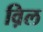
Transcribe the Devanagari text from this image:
व़िल